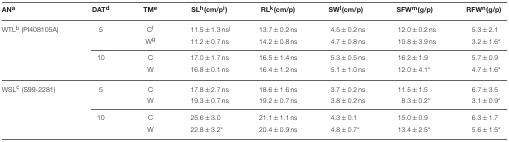
| ANa | DATd | TMe | SLh(cm/pi) | RLk(cm/p) | SWl(cm/p) | SFWm(g/p) | RFWn(g/p) |
 | --- | --- | --- | --- | --- | --- | --- | --- |
 | WTLb (PI408105A) | 5 | Cf | 11.5±1.3 nsj | 13.7±0.2 ns | 4.5±0.2 ns | 12.0±0.2 ns | 5.3±2.1 |
 |  |  | Wg | 11.2±0.7 ns | 14.2±0.8 ns | 4.7±0.8 ns | 10.8±3.9 ns | 3.2±1.6* |
 |  | 10 | C | 17.0±1.7 ns | 16.5±1.4 ns | 5.3±0.5 ns | 16.2±1.9 | 5.7±0.9 |
 |  |  | W | 16.8±0.1 ns | 16.4±1.2 ns | 5.1±1.0 ns | 12.0±4.1* | 4.7±1.6* |
 | WSLc (S99-2281) | 5 | C | 17.8±2.7 ns | 18.6±1.6 ns | 3.7±0.2 ns | 11.5±1.5 | 6.7±3.5 |
 |  |  | W | 19.3±0.7 ns | 19.2±0.7 ns | 3.8±0.2 ns | 8.3±0.2* | 3.1±0.9* |
 |  | 10 | C | 25.6±3.0 | 21.1±1.1 ns | 4.3±0.1 | 15.0±0.9 | 6.3±1.7 |
 |  |  | W | 22.8±3.2* | 20.4±0.9 ns | 4.8±0.7* | 13.4±2.5* | 5.6±1.5* |